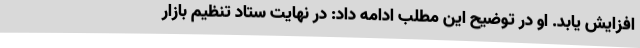
افزایش یابد. او در توضیح این مطلب ادامه داد: در نهایت ستاد تنظیم بازار